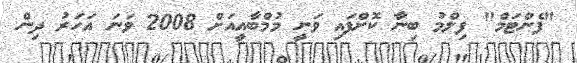
"ފެންޓަމް" ފިލްމު ބިނާ ކޮށްފައި ވަނީ މުމްބާއީއަށް 2008 ވަނަ އަހަރު ދިން